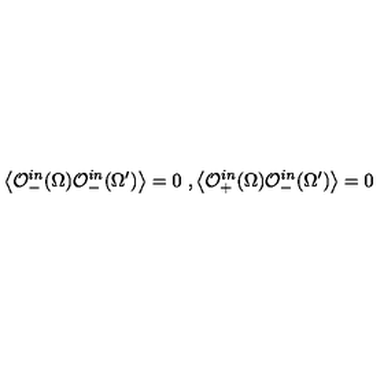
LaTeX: \left< \mathcal { O } _ { - } ^ { i n } ( \Omega ) \mathcal { O } _ { - } ^ { i n } ( \Omega ^ { \prime } ) \right> = 0 \ , \left< \mathcal { O } _ { + } ^ { i n } ( \Omega ) \mathcal { O } _ { - } ^ { i n } ( \Omega ^ { \prime } ) \right> = 0